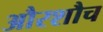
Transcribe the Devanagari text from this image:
औरशौच